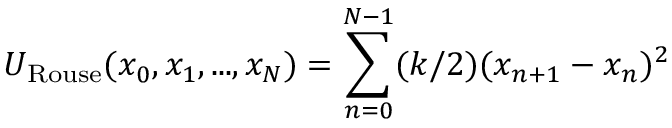
U _ { \mathrm { R o u s e } } ( x _ { 0 } , x _ { 1 } , . . . , x _ { N } ) = \sum _ { n = 0 } ^ { N - 1 } ( k / 2 ) ( x _ { n + 1 } - x _ { n } ) ^ { 2 }